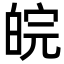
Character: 皖